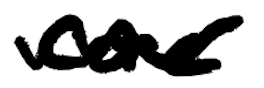
Text: core
Cross-out: mix
Writing tool: digital_black